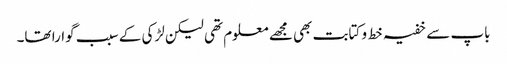
باپ سے خفیہ خط و کتابت بھی مجھے معلوم تھی لیکن لڑکی کے سبب گوارا تھا۔